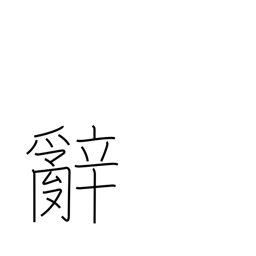
Meaning: words